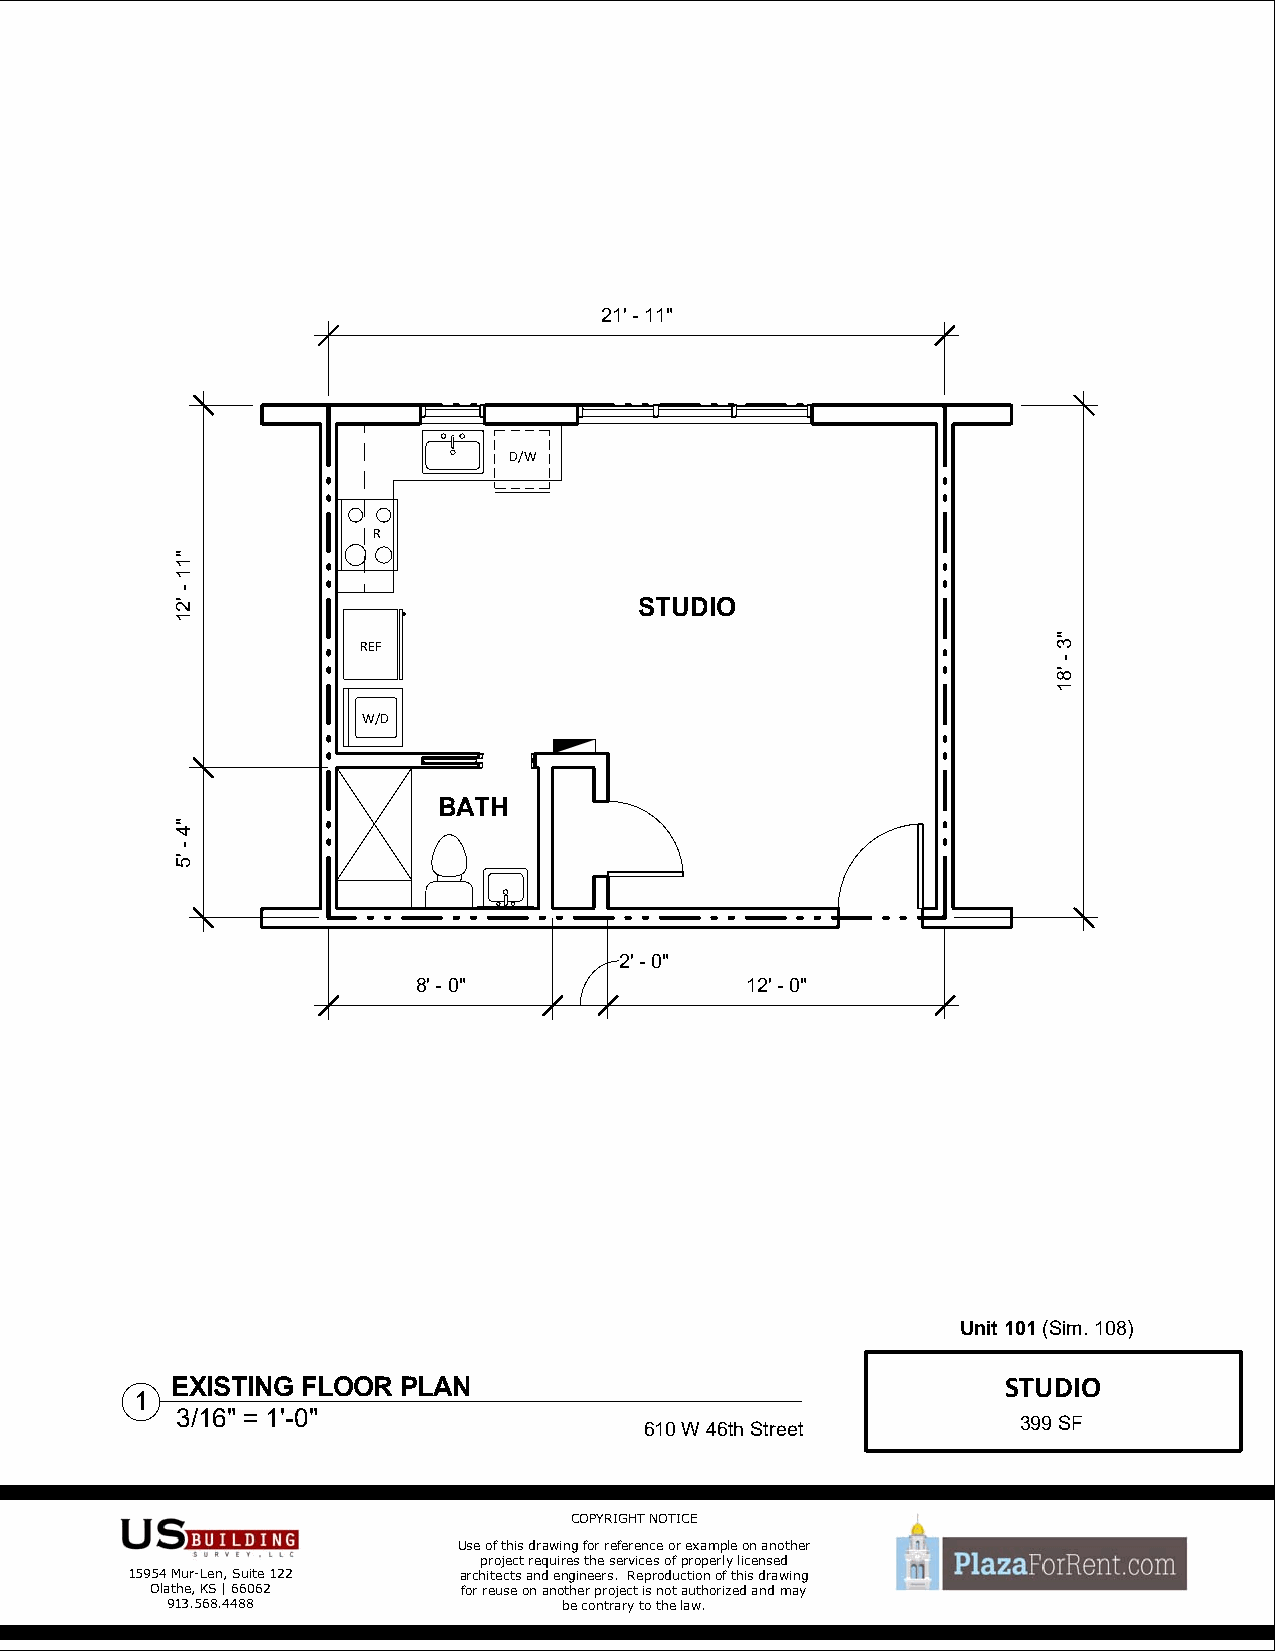
21' - 11"
 D/W
 R
 STUDIO
 REF
 W/D
 BATH
 2' - 0"
 8' - 0"              12' - 0"
 Unit 101(Sim. 108)
 EXISTING FLOOR PLAN                                     STUDIO
 1
 3/16" = 1'-0"
 610 W 46th Street        399 SF
 COPYRIGHT NOTICE
 Use of this drawing for reference or example on another
 project requires the services of properly licensed
 15954 Mur-Len, Suite 122 architects and engineers. Reproduction of this drawing
 Olathe, KS | 66062   for reuse on another project is not authorized and may
 913.568.4488              be contrary to the law.
 "11
 -
 '21
 "4
 -
 '5
 "3
 -
 '81